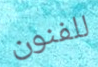
للفنون